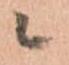
ニ